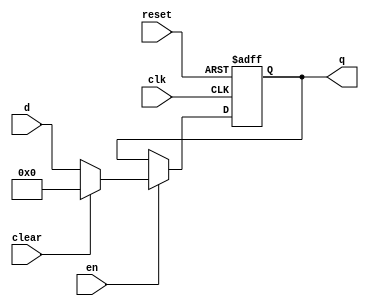
`timescale 1ns / 1ps
//////////////////////////////////////////////////////////////////////////////////
// Company: 
// Engineer: 
// 
// Design Name: 
// Module Name: flopenrc
// Project Name: 
// Target Devices: 
// Tool Versions: 
// Description: 
// 
// Dependencies: 
// 
// Revision:
// Revision 0.01 - File Created
// Additional Comments:
// 
//////////////////////////////////////////////////////////////////////////////////


module flopenrc #(parameter WIDTH=8)
    (
    input clk,reset,en,clear,
    input [WIDTH-1:0] d,
    output reg [WIDTH-1:0] q
    );
    
    always@(posedge clk,posedge reset)
    if(reset)
        q<= #1 0;
    else
        if(~en)//stall (if stalled, it can't be bubbled)
            q<= #1 q;
        else
            if(clear)
                q<= #1 0;
            else
                q<= #1 d;
    
endmodule